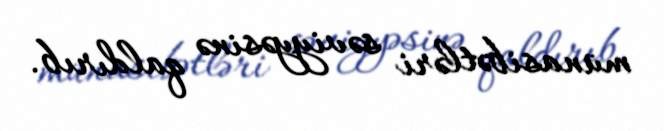
münasibətləri səviyyəsinə qaldırıb.